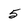
Character: 5